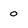
Character: 0